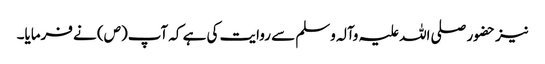
نیز حضور صلی اللہ علیہ وآلہ وسلم سے روایت کی ہے کہ آپ(ص) نے فرمایا۔